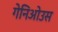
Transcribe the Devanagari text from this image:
गेनिओउस